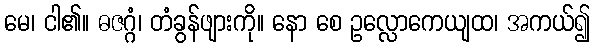
မေ၊ ငါ၏။ ဓဇဂ္ဂံ၊ တံခွန်ဖျားကို။ နော စေ ဥလ္လောကေယျထ၊ အကယ်၍